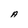
Character: A